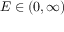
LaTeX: E \in ( 0 , \infty )